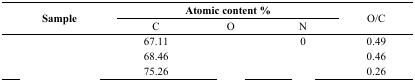
<table><thead><tr><td rowspan="2"><b>Sample</b></td><td colspan="3"><b>Atomic content %</b></td><td rowspan="2"><b>O/C</b></td></tr><tr><td><b>C</b></td><td><b>O</b></td><td><b>N</b></td></tr></thead><tbody><tr><td>[EMPTY_CELL]</td><td>67.11</td><td>[EMPTY_CELL]</td><td>0</td><td>0.49</td></tr><tr><td>[EMPTY_CELL]</td><td>68.46</td><td>[EMPTY_CELL]</td><td>[EMPTY_CELL]</td><td>0.46</td></tr><tr><td>[EMPTY_CELL]</td><td>75.26</td><td>[EMPTY_CELL]</td><td>[EMPTY_CELL]</td><td>0.26</td></tr></tbody></table>